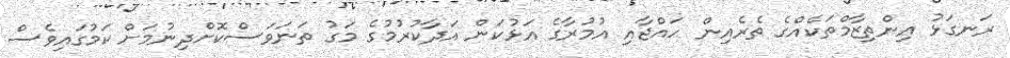
ރަނގަޅު އިންތިޒާމްތަކެއްގެ ތެރެއިން ހައްޖާއި އުމުރާގެ އަޅުކަން އަދާކުރުމުގެ މަގު ތަނަވަސްކޮށްދިނުމަށް ކަމުގައިވެސް